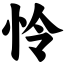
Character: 怜